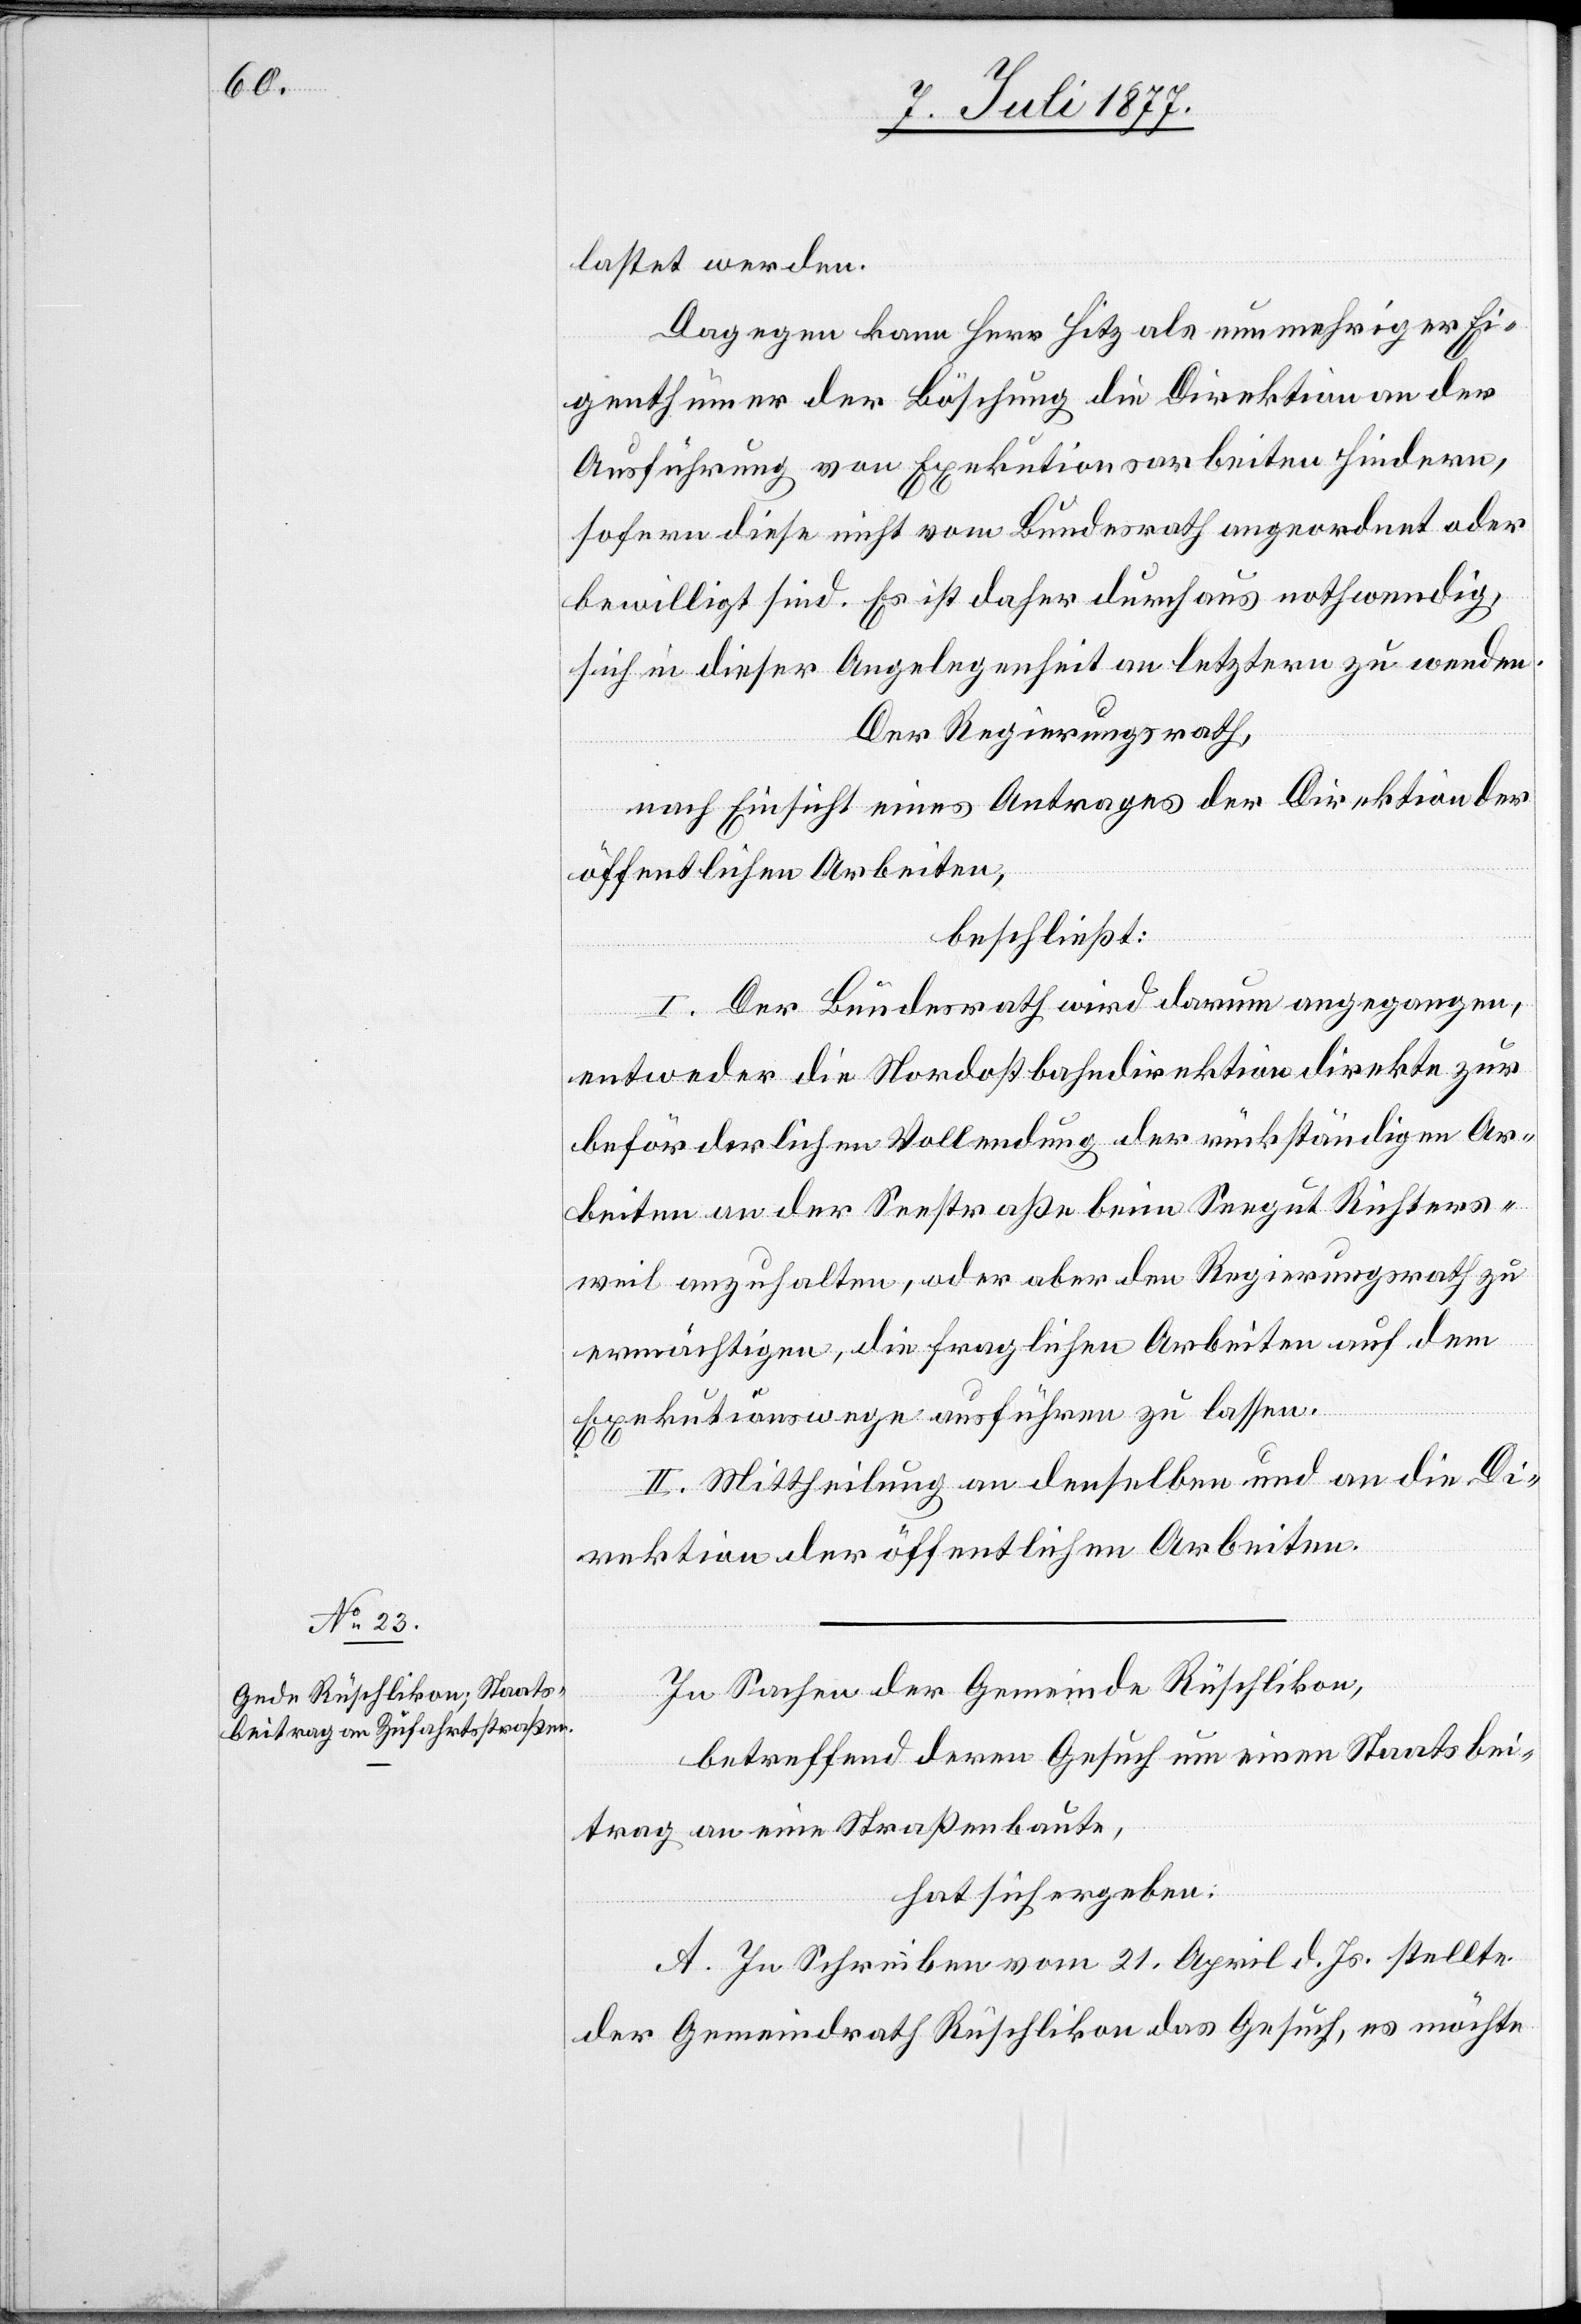
lastet werden.
Dagegen kann Herr Hitz als nunmehriger Ei¬
genthümer der Böschung die Direktion an der
Ausführung von Exekutionsarbeiten hindern,
sofern diese nicht vom Bundesrath angeordnet oder
bewilligt sind. Es ist daher durchaus nothwendig,
sich in dieser Angelegenheit an letztern zu wenden.
Der Regierungsrath,
nach Einsicht eines Antrages der Direktion der
öffentlichen Arbeiten,
beschließt:
I. Der Bundesrath wird darum angegangen,
entweder die Nordostbahndirektion direkte zur
beförderlichen Vollendung der rückständigen Ar¬
beiten an der Seestraße beim Seegut Richters¬
weil anzuhalten, oder aber den Regierungsrath zu
ermächtigen, die fraglichen Arbeiten auf dem
Exekutionswege ausführen zu lassen.
II. Mittheilung an denselben und an die Di¬
rektion der öffentlichen Arbeiten.
In Sachen der Gemeinde Rüschlikon,
betreffend deren Gesuch um einen Staatsbei¬
trag an eine Straßenbaute,
hat sich ergeben:
A. In Schreiben vom 21. April d. Js. stellte
der Gemeindrath Rüschlikon das Gesuch, es möchte